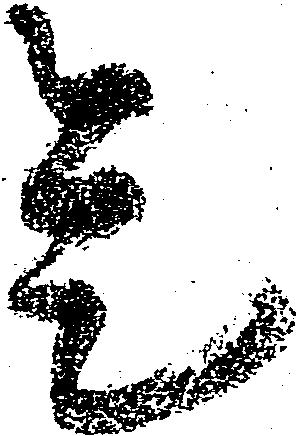
是